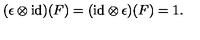
( \epsilon \otimes \mathrm { i d } ) ( F ) = ( \mathrm { i d } \otimes \epsilon ) ( F ) = 1 .